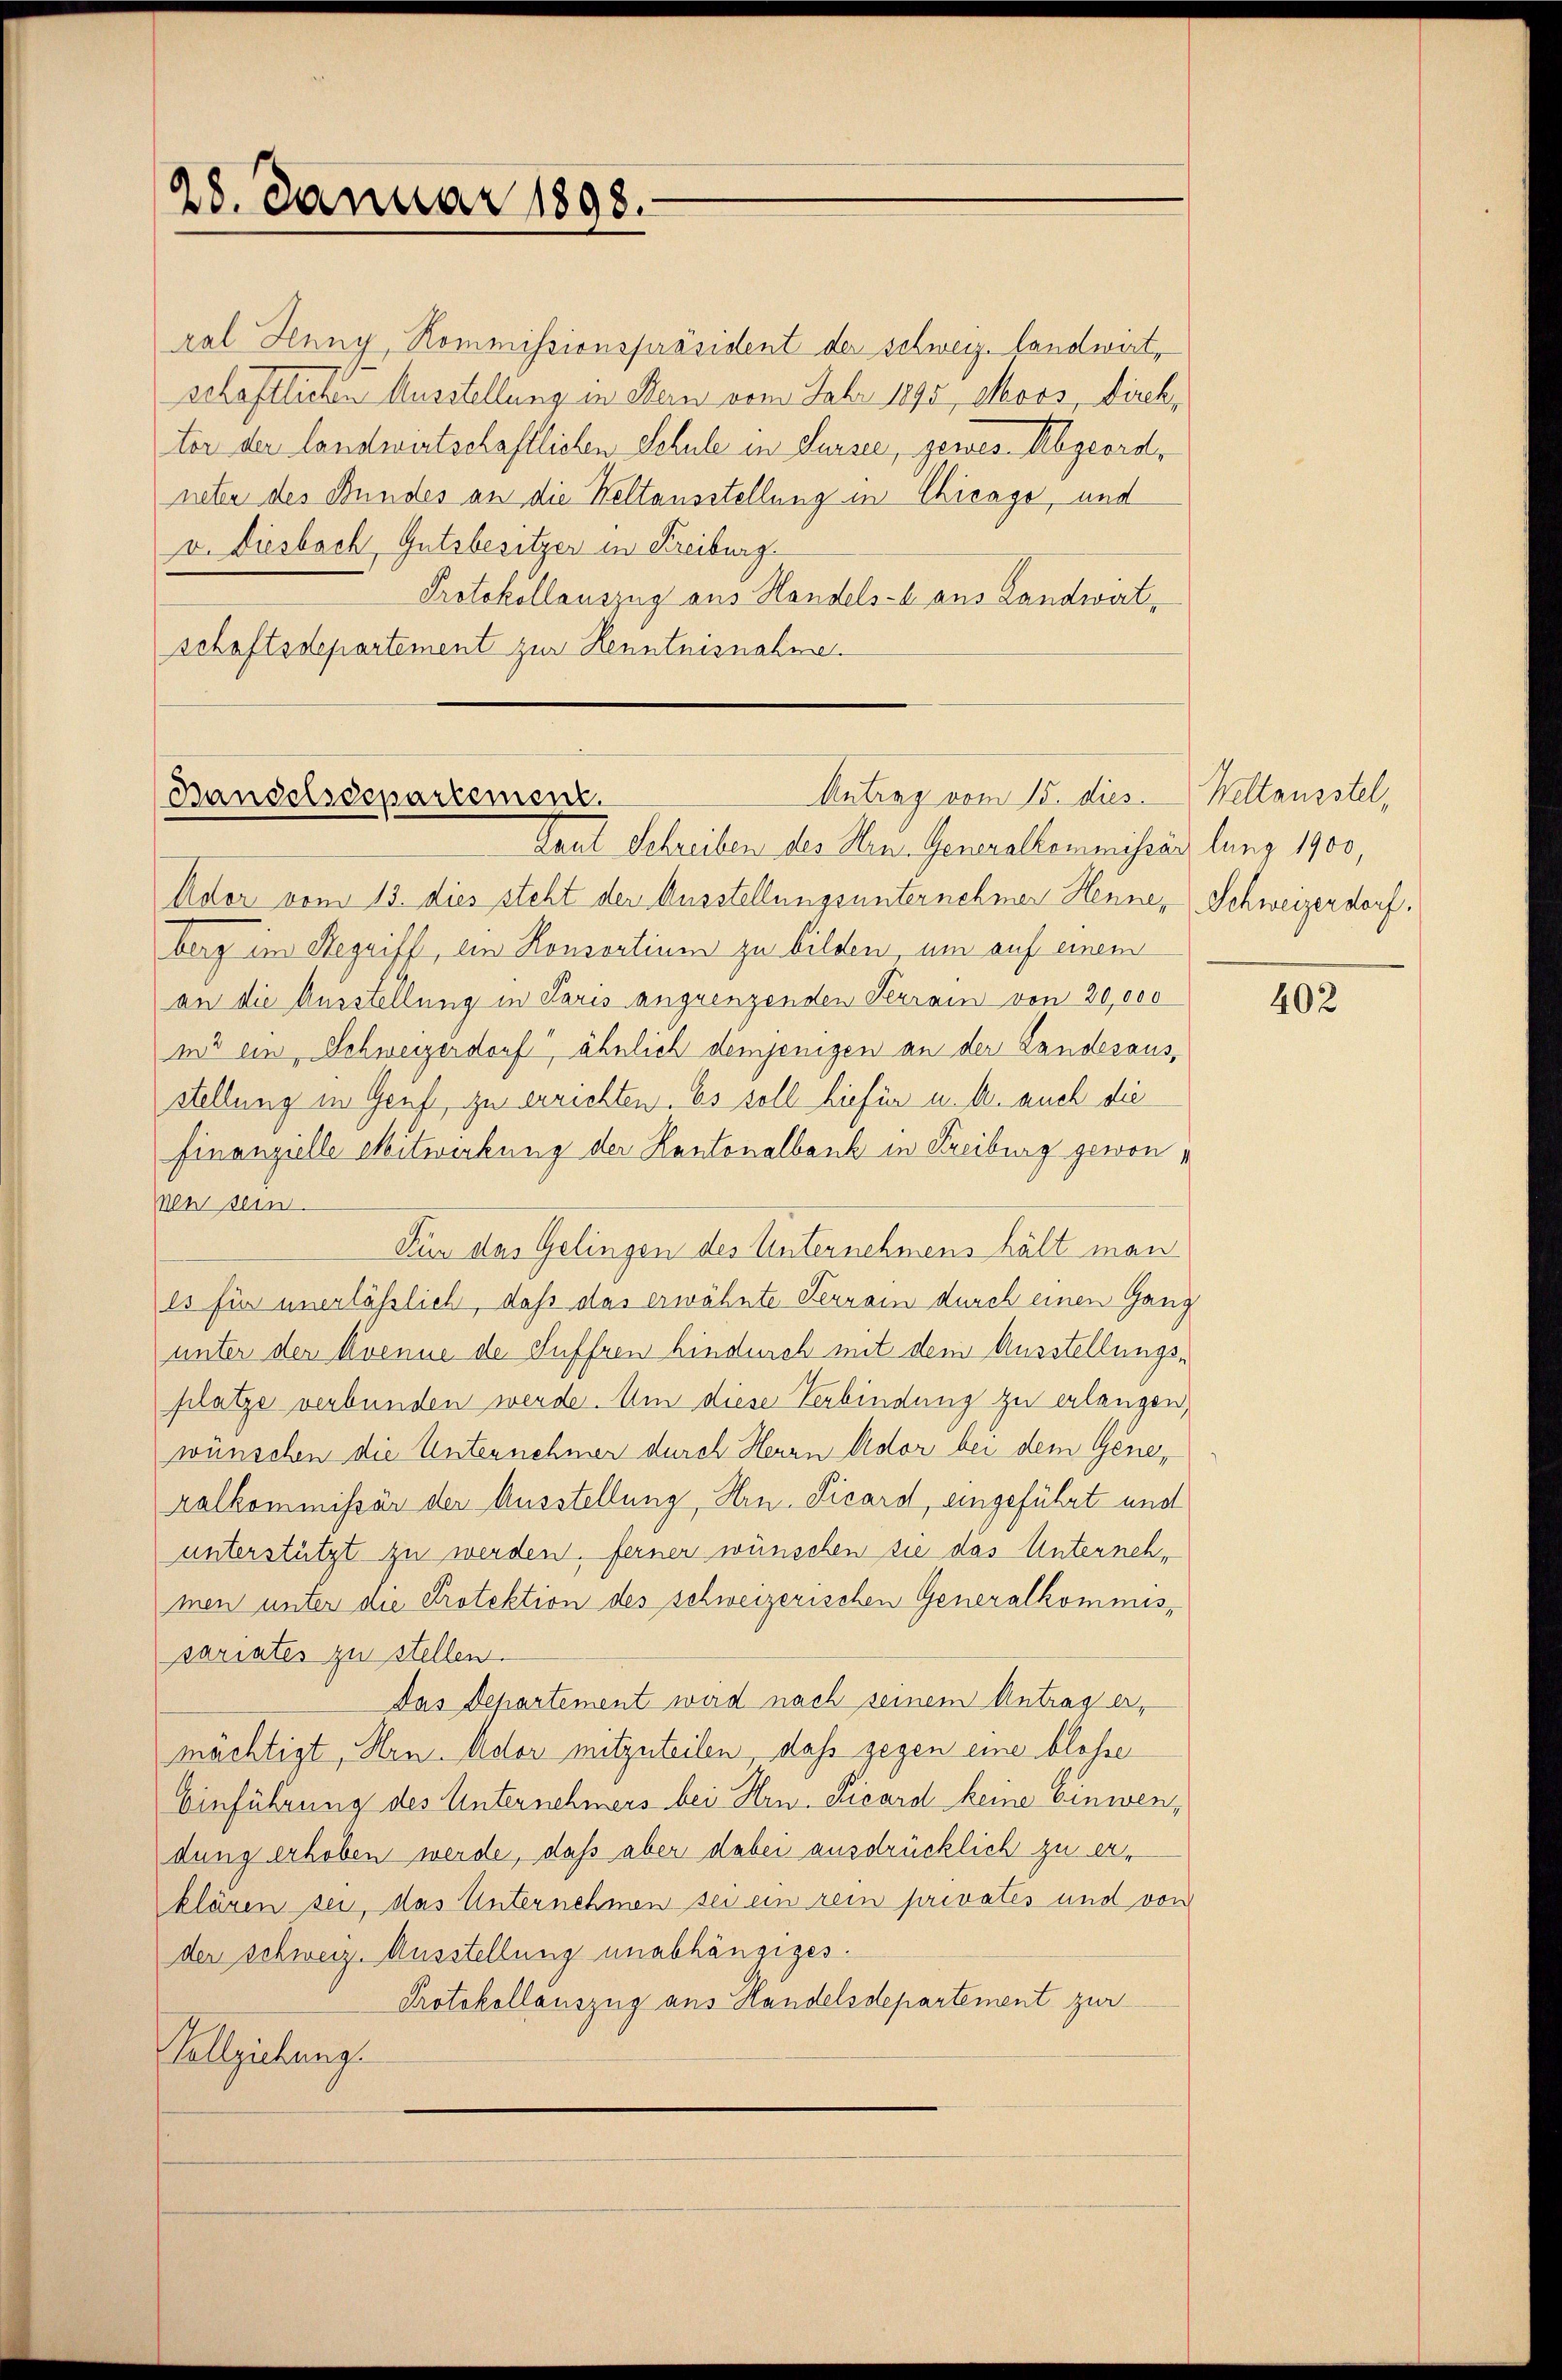
28. Januar 1898.

pal Jenny, Kommissionspräsident der schweiz. landwirtschaftliche Ausstellung in Mein vom Febr 1890, Moos, Kirch,
tor der landwirtschaftlichen Schule in Sursee, gewes Abgeordneten des Bundes an die Weltausstellung in Chicago, und
v. Diesbach Gutsbesitzer in Freiburg
Protokollauszug aus Handels- aus Landwatschaftsdepartement zur Kenntnisnahm

Gaul Schreiben des Hrn. Generalkommissärs lung 1900,
Ador vom 13. dies steht der Ausstellungsunternehmer Henne, Schweizerdorf.
berg im Regriff, ein Konsortium zu bilden um auf einem
an die Ausstellung in Paris angrenzenden Terrain von 20,000
ms ein, Schweizerdorf, ähnlich demjenigen an der Landesausstellung in Genf zu errichten. Es soll hiefür u. k. auch die
finanzielle Mitwirkung der Kantonalbank in Freiburg gewonn
Wen sein.
Für das Gelingen des Unternehmens hält man
es für unerläßlich, daß das erwähnte Serrain durch einen Gang
unter der Krenne de Suffren hindurch mit dem Ausstellungsplatze verbunden werde. Um diese Verbindung zu erlangen,
wünschen die Unternehmen durch Herrn Ador bei dem Gene,
ralkommissär der Ausstellung, Hrn. Vicard, eingeführt und
unterstützt zu werden, ferner wünschen sie das Unternehmen unter die Protektion des schweizerischen Generalkommissariates zu stellen.
Das Departement wird nach seinem Antrag ermächtigt, Hrn. Ador mitzuteilen, daß gegen eine blosse
Einführung des Unternehmers bei Hrn. Vicard keine Einwendung erhoben werde, daß aber dabei ausdrücklich zu erklären sei, das Unternehmen sei ein rein privates und von
der schweiz. Ausstellung unabhängiges.
Protokollauszug aus Handelsdepartement zur
Vollziehung.

Antrag vom 15. dies Weltausstel,
Bandelsdepartement.

402